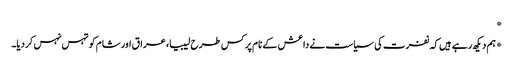
*
*ہم دیکھ رہے ہیں کہ نفرت کی سیاست نے داعش کے نام پر کس طرح لیبیا، عراق اور شام کو تہس نہس کردیا۔